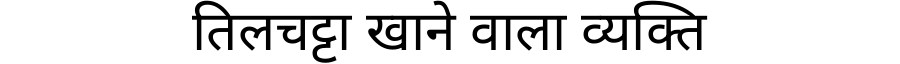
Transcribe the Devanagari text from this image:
तिलचट्टा खाने वाला व्यक्ति